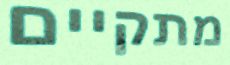
מתקיים